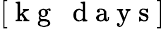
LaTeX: \left[\mathrm{~k~g~}~\mathrm{~d~a~y~s~}\right]